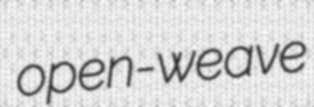
open-weave